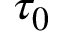
\tau _ { 0 }